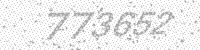
Solution: 773652